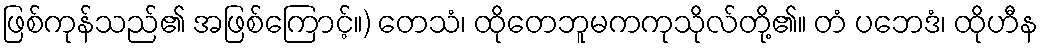
ဖြစ်ကုန်သည်၏ အဖြစ်ကြောင့်။) တေသံ၊ ထိုတေဘူမကကုသိုလ်တို့၏။ တံ ပဘေဒံ၊ ထိုဟီန